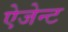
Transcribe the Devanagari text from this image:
ऐजेन्‍ट